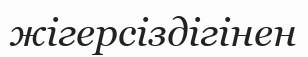
жігерсіздігінен